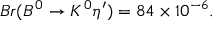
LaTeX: B r ( B ^ { 0 } \to K ^ { 0 } \eta ^ { \prime } ) = 8 4 \times 1 0 ^ { - 6 } .